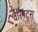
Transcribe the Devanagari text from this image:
वैरियंट्स